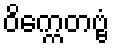
ဝိက္ကေတဗ္ဗံ